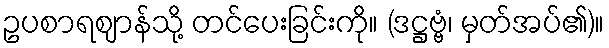
ဥပစာရဈာန်သို့ တင်ပေးခြင်းကို။ (ဒဋ္ဌဗ္ဗံ၊ မှတ်အပ်၏)။